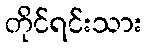
တိုင်ရင်းသား